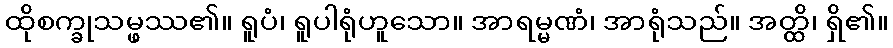
ထိုစက္ခုသမ္ဖဿ၏။ ရူပံ၊ ရူပါရုံဟူသော။ အာရမ္မဏံ၊ အာရုံသည်။ အတ္ထိ၊ ရှိ၏။